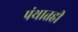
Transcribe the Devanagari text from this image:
पंथातही